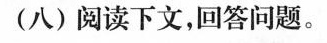
(八)阅读下文，回答问题。